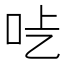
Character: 𠯡